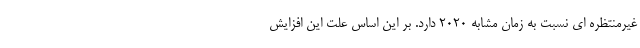
غیرمنتظره ای نسبت به زمان مشابه ۲۰۲۰ دارد. بر این اساس علت این افزایش